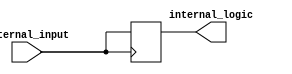
module io_buffer (
  input wire external_input,
  output wire internal_logic
);

reg data_register;

always @(posedge external_input) begin
  data_register <= external_input;
end

assign internal_logic = data_register;

endmodule